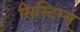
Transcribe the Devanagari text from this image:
सिस्टिम्स्